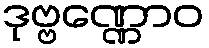
ဒုဗ္ဗဏ္ဏောဝ